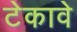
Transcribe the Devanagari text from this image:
टेकावे